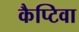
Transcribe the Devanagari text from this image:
कैप्टिवा